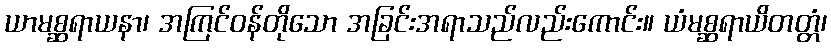
ယာမစ္ဆရာယနာ၊ အကြင်ဝန်တိုသော အခြင်းအရာသည်လည်းကောင်း။ ယံမစ္ဆရာယိတတ္တံ၊